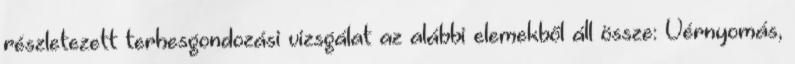
részletezett terhesgondozási vizsgálat az alábbi elemekből áll össze: Vérnyomás,